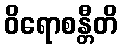
ဝိရောစန္တီတိ